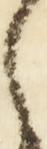
之